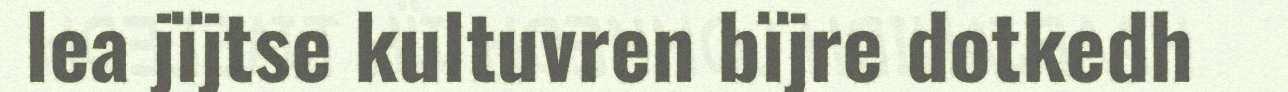
lea jïjtse kultuvren bïjre dotkedh